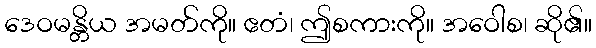
ဒေဝမန္တိယ အမတ်ကို။ ဧတံ၊ ဤစကားကို။ အဝေါစ၊ ဆို၏။